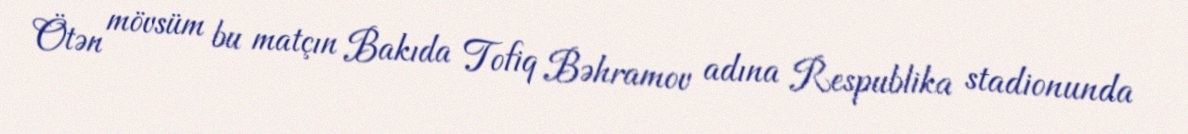
Ötən mövsüm bu matçın Bakıda Tofiq Bəhramov adına Respublika stadionunda